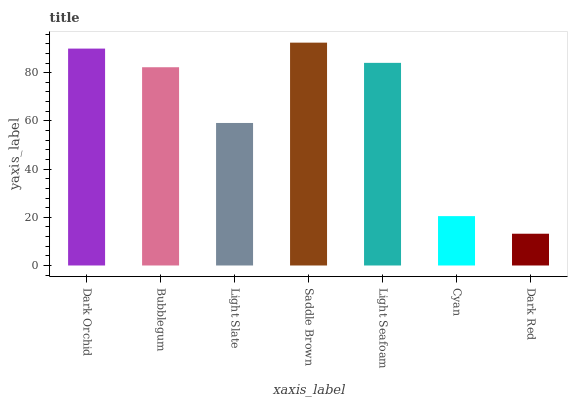
| xaxis_label | bars |
 | --- | --- |
 | Dark Orchid | 90 |
 | Bubblegum | 82.3 |
 | Light Slate | 59.1 |
 | Saddle Brown | 92.5 |
 | Light Seafoam | 84.1 |
 | Cyan | 20.5 |
 | Dark Red | 13.2 |